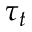
\tau _ { t }